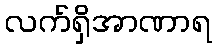
လက်ရှိအာဏာရ